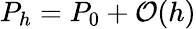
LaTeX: P_{h}=P_{0}+\mathcal{O}(h)